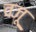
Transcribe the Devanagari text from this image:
वज़ू